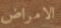
الامراض